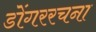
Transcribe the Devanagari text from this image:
डोंगररचना